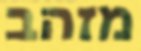
מזהב